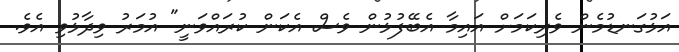
އަޅުގަނޑުމެން ވެރިކަމަށް އައިމާ އެބޭފުޅުން ވެސް އެކަން ކުރައްވަނީ" އުމަރު ވިދާޅުވި އެވެ.